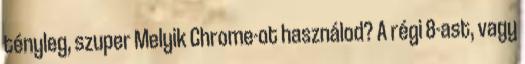
tényleg, szuper Melyik Chrome-ot használod? A régi 8-ast, vagy